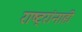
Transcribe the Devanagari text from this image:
राष्ट्रांनाही